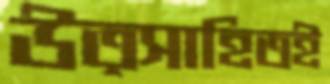
উত্সাহিতই